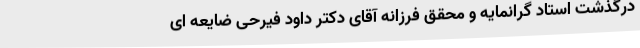
درگذشت استاد گرانمایه و محقق فرزانه آقای دکتر داود فیرحی ضایعه ای